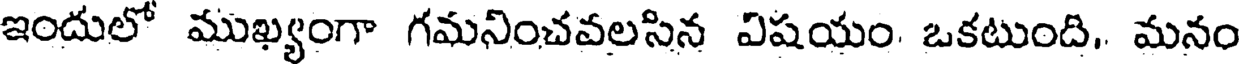
ఇందులో ముఖ్యంగా గమనించవలసిన విషయం. ఒకటుంది, మనం